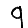
Digit: 9